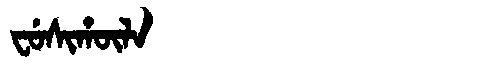
Manchu: ᠸᡠᠰᡳᡥᡡᠯᠠ
Romanization: FUSIHŪLA